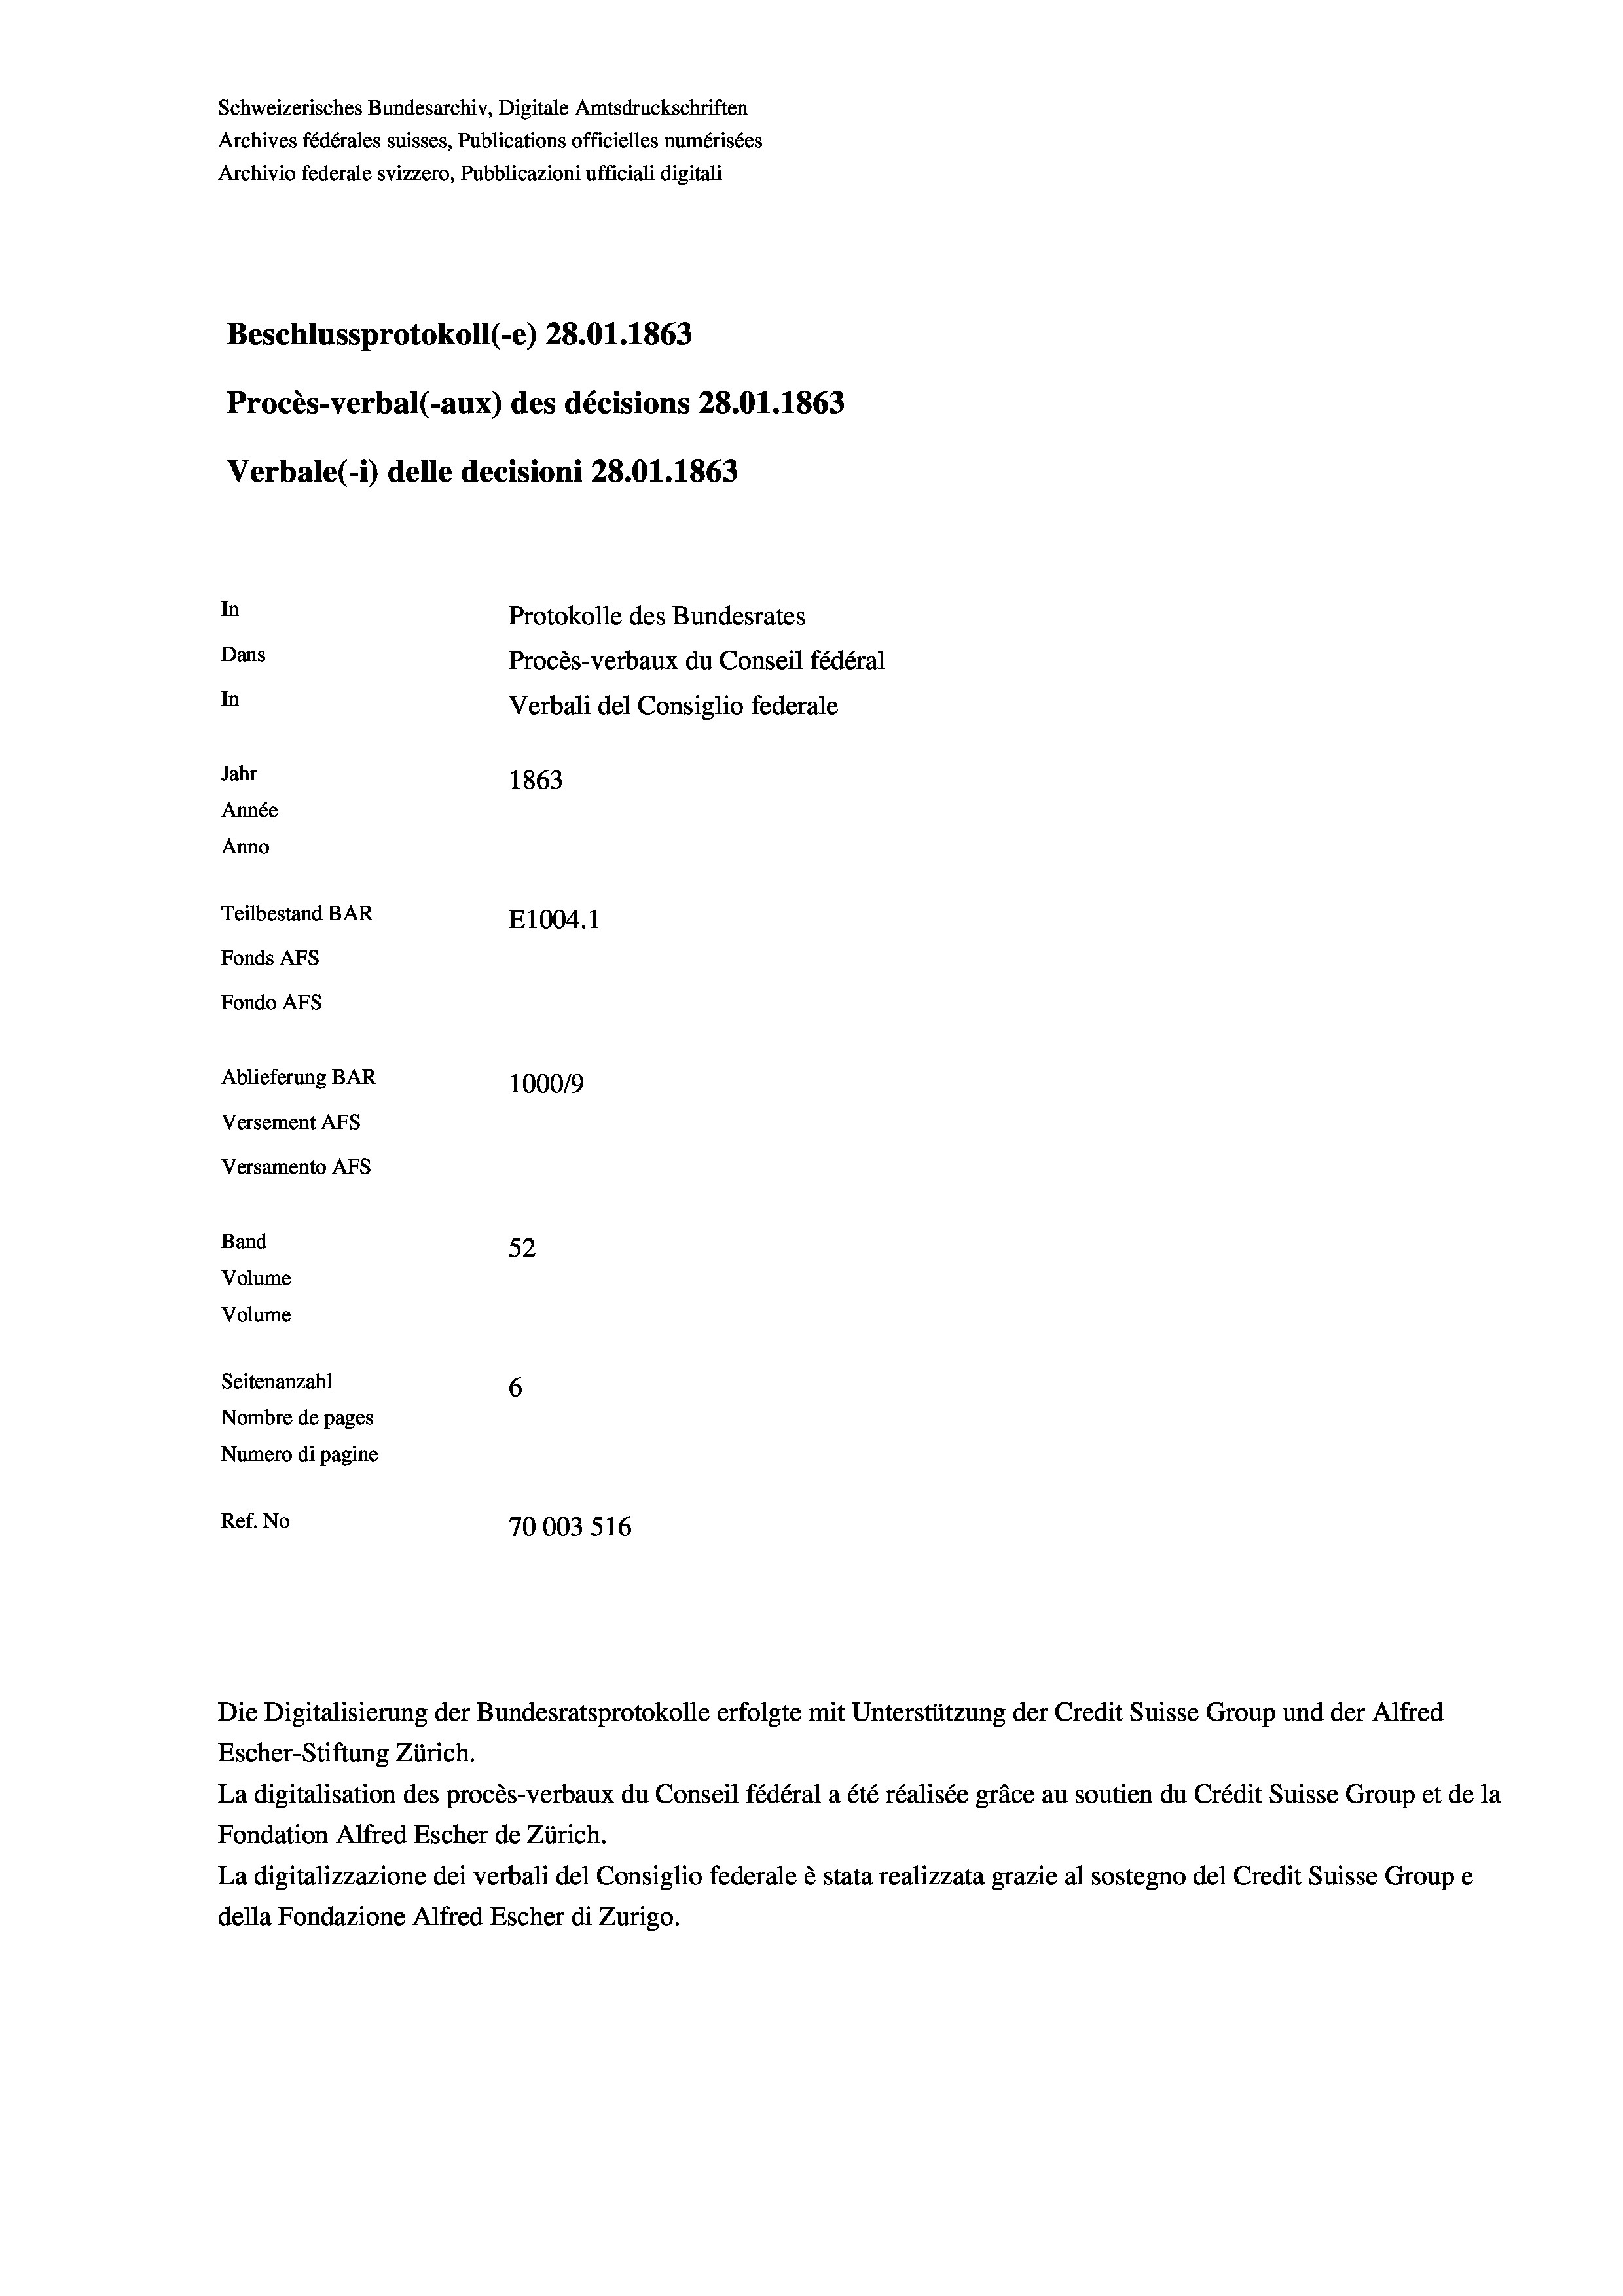
Schweizerisches Bundesarchiv, Digitale Amtsdruckschriften
Archivio federale svizzero, Pubblicazioni ufficiali digitali
Beschlussprotokoll (-e) 28.01. 1863
Procès-verbal (-aux) des décisions 28.01. 1863
Verbale (1) delle decisioni 28.01. 1863
In
Protokolle des Bundesrates
Dans
Procès-verbaux du Conseil fédéral
In
Verbali del Consiglio federale
Jahr
1863
Année
Anno
Teilbestand BAR
E1004. 1
Fonds AFs
Fondo AFs
Ablieferung BAR
1000/9
Versement AFS

52
6
Nombre de pages
Numero di pagine
Ref. No
70003 516

Versamento Afs
Band
Volume
Volume
Seitenanzahl

Archives fédérales suisses, Publications officielles numérisées

Die Digitalisierung der Bundesratsprotokolle erfolgte mit Unterstützung der Credit Suisse Group und der Alfred
Escher-Stiftung Zürich.
La digitalisation des procès-verbaux du Conseil fédéral a été réalisée gräce au soutien du Crédit Suisse Group et de la
Fondation Alfred Escher de Zürich.
La digitalizzazione dei verbali del Consiglio federale è stata realizzata grazie al sostegno del Credit Suisse Groupe
della Fondazione Alfred Escher di Zurigo.